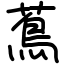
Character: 蔦